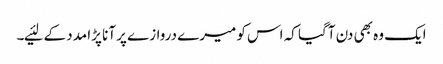
ایک وہ بھی دن آگیا کہ اس کو میرے دروازے پر آنا پڑا مدد کے لئیے۔